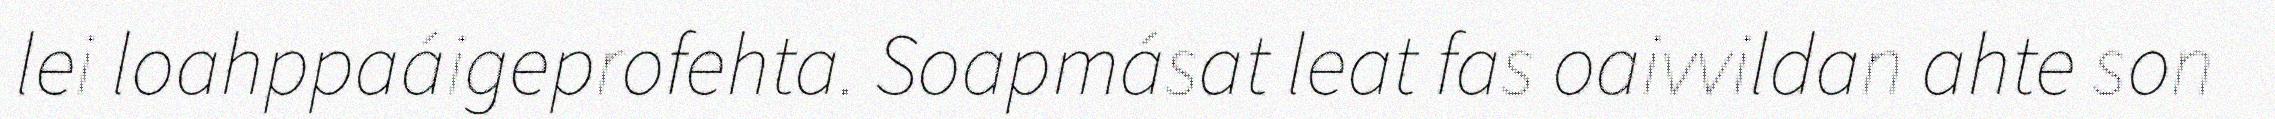
lei loahppaáigeprofehta. Soapmásat leat fas oaivvildan ahte son